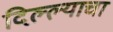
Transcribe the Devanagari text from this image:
दिल्ल्याचा